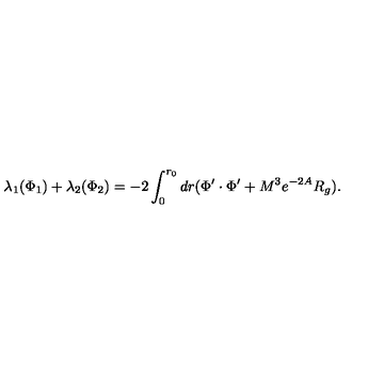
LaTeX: \lambda _ { 1 } ( \Phi _ { 1 } ) + \lambda _ { 2 } ( \Phi _ { 2 } ) = - 2 \int _ { 0 } ^ { r _ { 0 } } d r ( \Phi ^ { \prime } \cdot \Phi ^ { \prime } + M ^ { 3 } e ^ { - 2 A } R _ { g } ) .